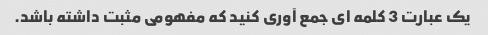
یک عبارت 3 کلمه ای جمع آوری کنید که مفهومی مثبت داشته باشد.